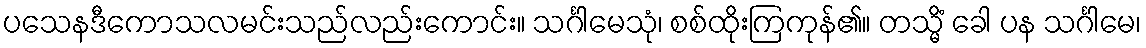
ပသေနဒီကောသလမင်းသည်လည်းကောင်း။ သင်္ဂါမေသုံ၊ စစ်ထိုးကြကုန်၏။ တသ္မိံ ခေါ ပန သင်္ဂါမေ၊